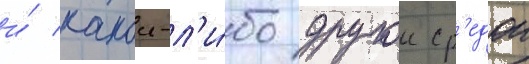
и́ какои-л'и́бо другои ср'едои